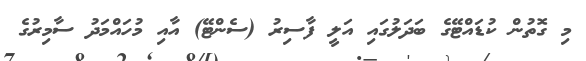
މި ގޮތުން ކުޑައްޓޭގެ ބަދަލުގައި އަލީ ފާސިރު (ސެންޓޭ) އާއި މުހައްމަދު ސާމިރުގެ